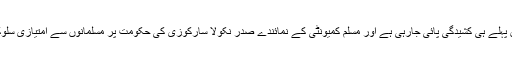
فرانس کی مسلم کمیونٹی اور حکومت کے درمیان پہلے ہی کشیدگی پائی جارہی ہے اور مسلم کمیونٹی کے نمائندے صدر نکولا سارکوزی کی حکومت پر مسلمانوں سے امتیازی سلوک روارکھنے کی شکایات کرتے چلے آرہے ہیں۔